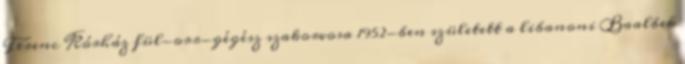
Ferenc Kórház fül-orr-gégész szakorvosa 1952-ben született a libanoni Baalbek